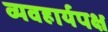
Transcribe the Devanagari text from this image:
व्यवहार्यपक्ष